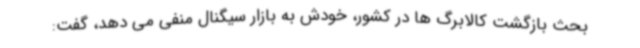
بحث بازگشت کالابرگ ها در کشور، خودش به بازار سیگنال منفی می دهد، گفت: